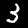
Label: 3